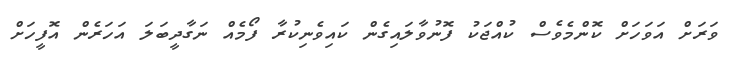
ވަރަށް އަވަހަށް ކޮންމެވެސް ކުއްޖަކު ފޮނުވާލައިގެން ކައިވެނިކުރާ ފޯމެއް ނަގާދީބަލަ އަހަރެން އޮފީހަށް